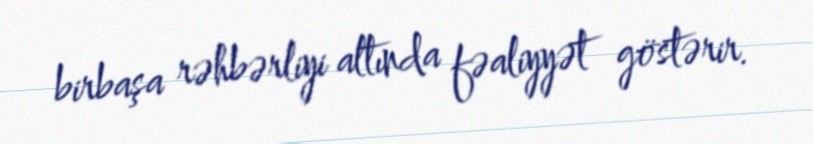
birbaşa rəhbərliyi altında fəaliyyət göstərir.